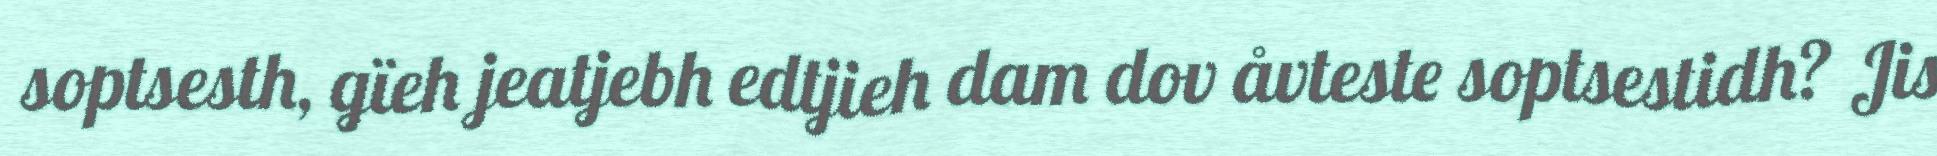
soptsesth, gïeh jeatjebh edtjieh dam dov åvteste soptsestidh? Jis